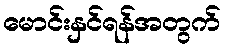
မောင်းနှင်ရန်အတွက်